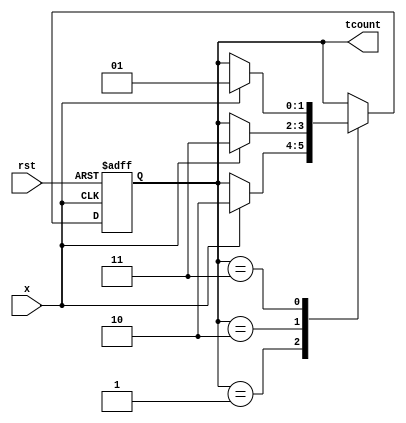
module tcounter(
input x,rst,
output reg[1:0] tcount);
always @(posedge x,posedge rst)
begin
if(rst)
	tcount<=1;
else
begin
case(tcount)
1:begin
	if(x)	tcount<=2;
	end
2:begin
	if(x)	tcount<=3;
	end
3:begin
	if(x)	tcount<=1;
	end
endcase
end
end
endmodule